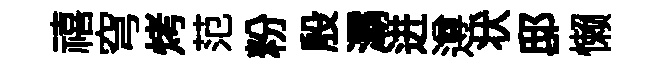
禧穹烤范粉殷灞进遵状邸懒